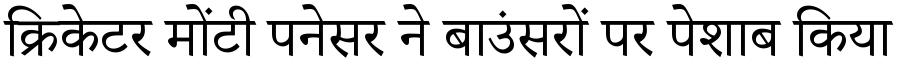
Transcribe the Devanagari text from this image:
क्रिकेटर मोंटी पनेसर ने बाउंसरों पर पेशाब किया